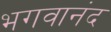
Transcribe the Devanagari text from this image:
भगवानंद